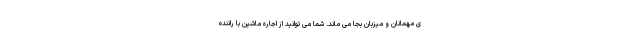
ی مهمانان و میزبان بجا می ماند. شما می توانید از اجاره ماشین با راننده